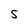
Character: S